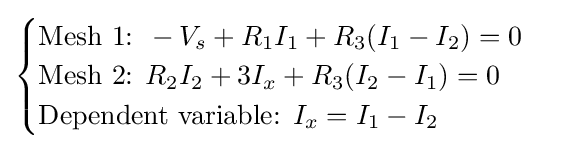
{\begin{cases}{\text{Mesh 1: }}-V_{s}+R_{1}I_{1}+R_{3}(I_{1}-I_{2})=0\\{\text{Mesh 2: }}R_{2}I_{2}+3I_{x}+R_{3}(I_{2}-I_{1})=0\\{\text{Dependent variable: }}I_{x}=I_{1}-I_{2}\end{cases}}